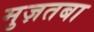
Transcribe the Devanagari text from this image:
मुज़तबा